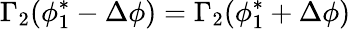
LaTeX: \Gamma_{2}(\phi_{1}^{*}-\Delta\phi)=\Gamma_{2}(\phi_{1}^{*}+\Delta\phi)